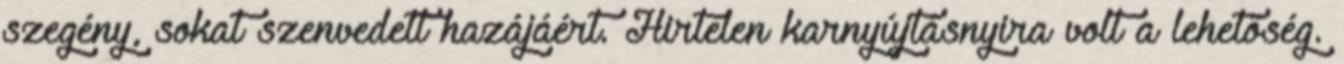
szegény, sokat szenvedett hazájáért. Hirtelen karnyújtásnyira volt a lehetőség.